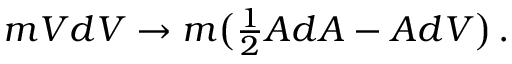
m V d V \rightarrow m \bigl ( { \textstyle { { \frac { 1 } { 2 } } } } A d A - A d V \bigr ) \, .